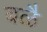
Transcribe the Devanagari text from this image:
बळै